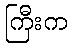
ကြီးက